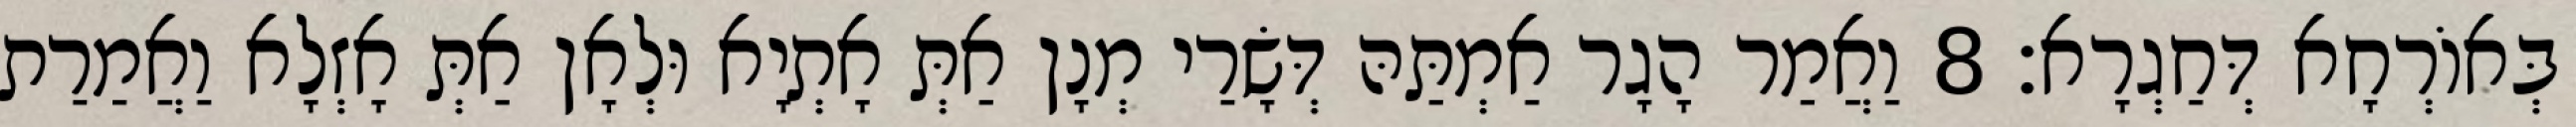
בְּאוֹרְחָא דְּחַגְרָא׃ 8 וַאֲמַר הָגָר אַמְתַּהּ דְּשָׂרַי מְנָן אַתְּ אָתְיָא וּלְאָן אַתְּ אָזְלָא וַאֲמַרַת